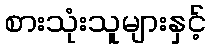
စားသုံးသူများနှင့်